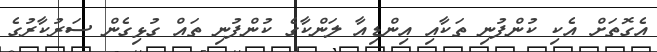
އެގޮތަށް އެކި ކުންފުނި ތަކާއި އިންޑިއާ ލަންކާގެ ކުންފުނި ތައް ގުޅިގެން ސަރުކާރުގެ